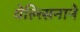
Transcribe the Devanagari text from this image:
येल्त्सिनाने